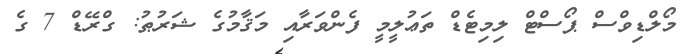
މޯލްޑިވްސް ޕޯސްޓް ލިމިޓެޑް ތަޢުލީމީ ފެންވަރާއި މަޤާމުގެ ޝަރުޠު: ގްރޭޑް 7 ގެ